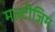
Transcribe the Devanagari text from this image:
मल्टीजिम